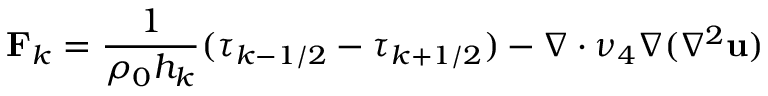
\mathbf { F } _ { k } = \frac { 1 } { \rho _ { 0 } h _ { k } } ( { \boldsymbol { \tau } } _ { k - 1 / 2 } - { \boldsymbol { \tau } } _ { k + 1 / 2 } ) - \nabla \cdot \nu _ { 4 } \nabla ( \nabla ^ { 2 } { \bf u } )